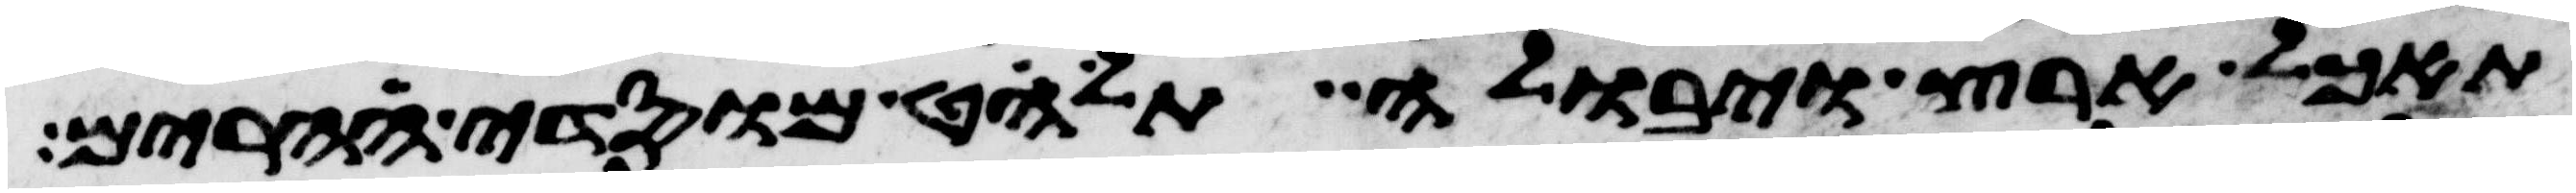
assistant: תאכל ארץ ויבולה תלחט מוסדי הרים